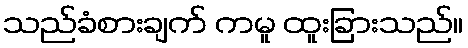
သည်ခံစားချက် ကမူ ထူးခြားသည်။